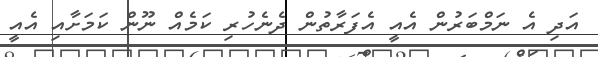
އަދި އެ ނަމްބަރުން އެއީ އެފަރާތުން ދެނެހުރި ކަމެއް ނޫން ކަމަށާއި އެއީ